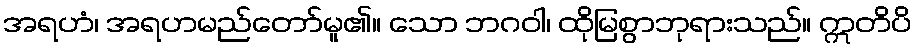
အရဟံ၊ အရဟမည်တော်မူ၏။ သော ဘဂဝါ၊ ထိုမြစွာဘုရားသည်။ ဣတိပိ